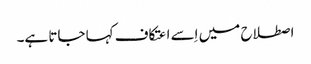
اصطلاح میں اِسے اعتکاف کہا جاتا ہے۔